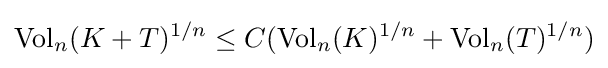
{\text{Vol}}_{n}(K+T)^{1/n}\leq C({\text{Vol}}_{n}(K)^{1/n}+{\text{Vol}}_{n}(T)^{1/n})